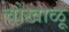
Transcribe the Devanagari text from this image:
चोखाळू